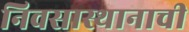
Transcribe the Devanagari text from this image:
निवसास्थानाची